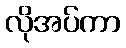
လိုအပ်ကာ